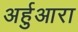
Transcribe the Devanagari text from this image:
अर्हुआरा